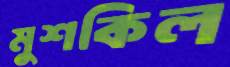
মুশকিল